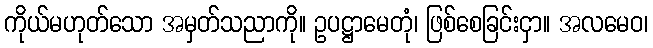
ကိုယ်မဟုတ်သော အမှတ်သညာကို။ ဥပဋ္ဌာမေတုံ၊ ဖြစ်စေခြင်းငှာ။ အလမေဝ၊